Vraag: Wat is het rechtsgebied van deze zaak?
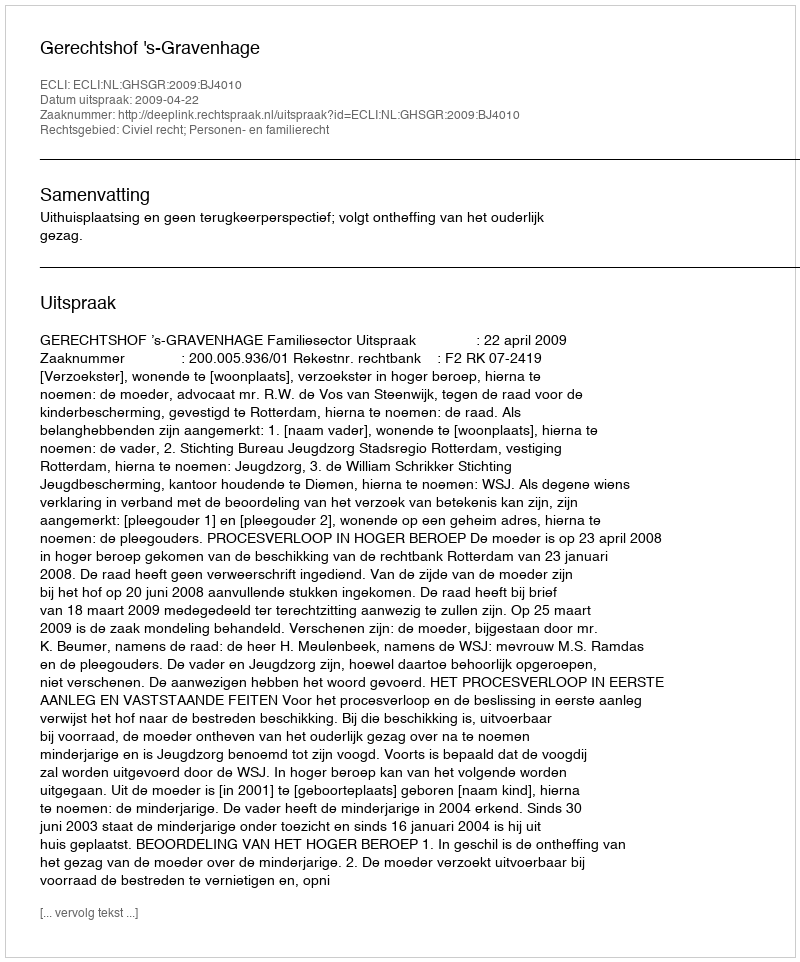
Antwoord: Civiel recht; Personen- en familierecht